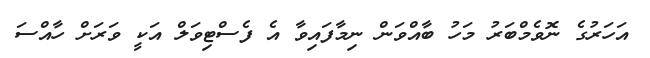
އަހަރުގެ ނޮވެމްބަރު މަހު ބާއްވަން ނިމާފައިވާ އެ ފެސްޓިވަލް އަކީ ވަރަށް ހާއްސަ